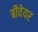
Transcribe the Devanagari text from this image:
बीवेयर